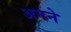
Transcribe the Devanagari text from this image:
अगने